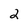
Character: 2